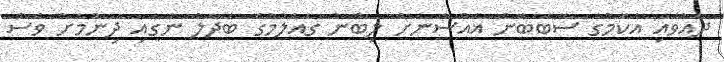
ދެއްވައި އެކަމުގެ ސަބަބުން ޣައްސާނަށް ލިބުނު ގެއްލުމުގެ ބަދަލު ނަގައި ދިނުމަށް ވެސް